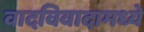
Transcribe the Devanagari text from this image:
वादविवादामध्ये